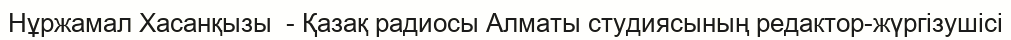
Нұржамал Хасанқызы  - Қазақ радиосы Алматы студиясының редактор-жүргізушісі